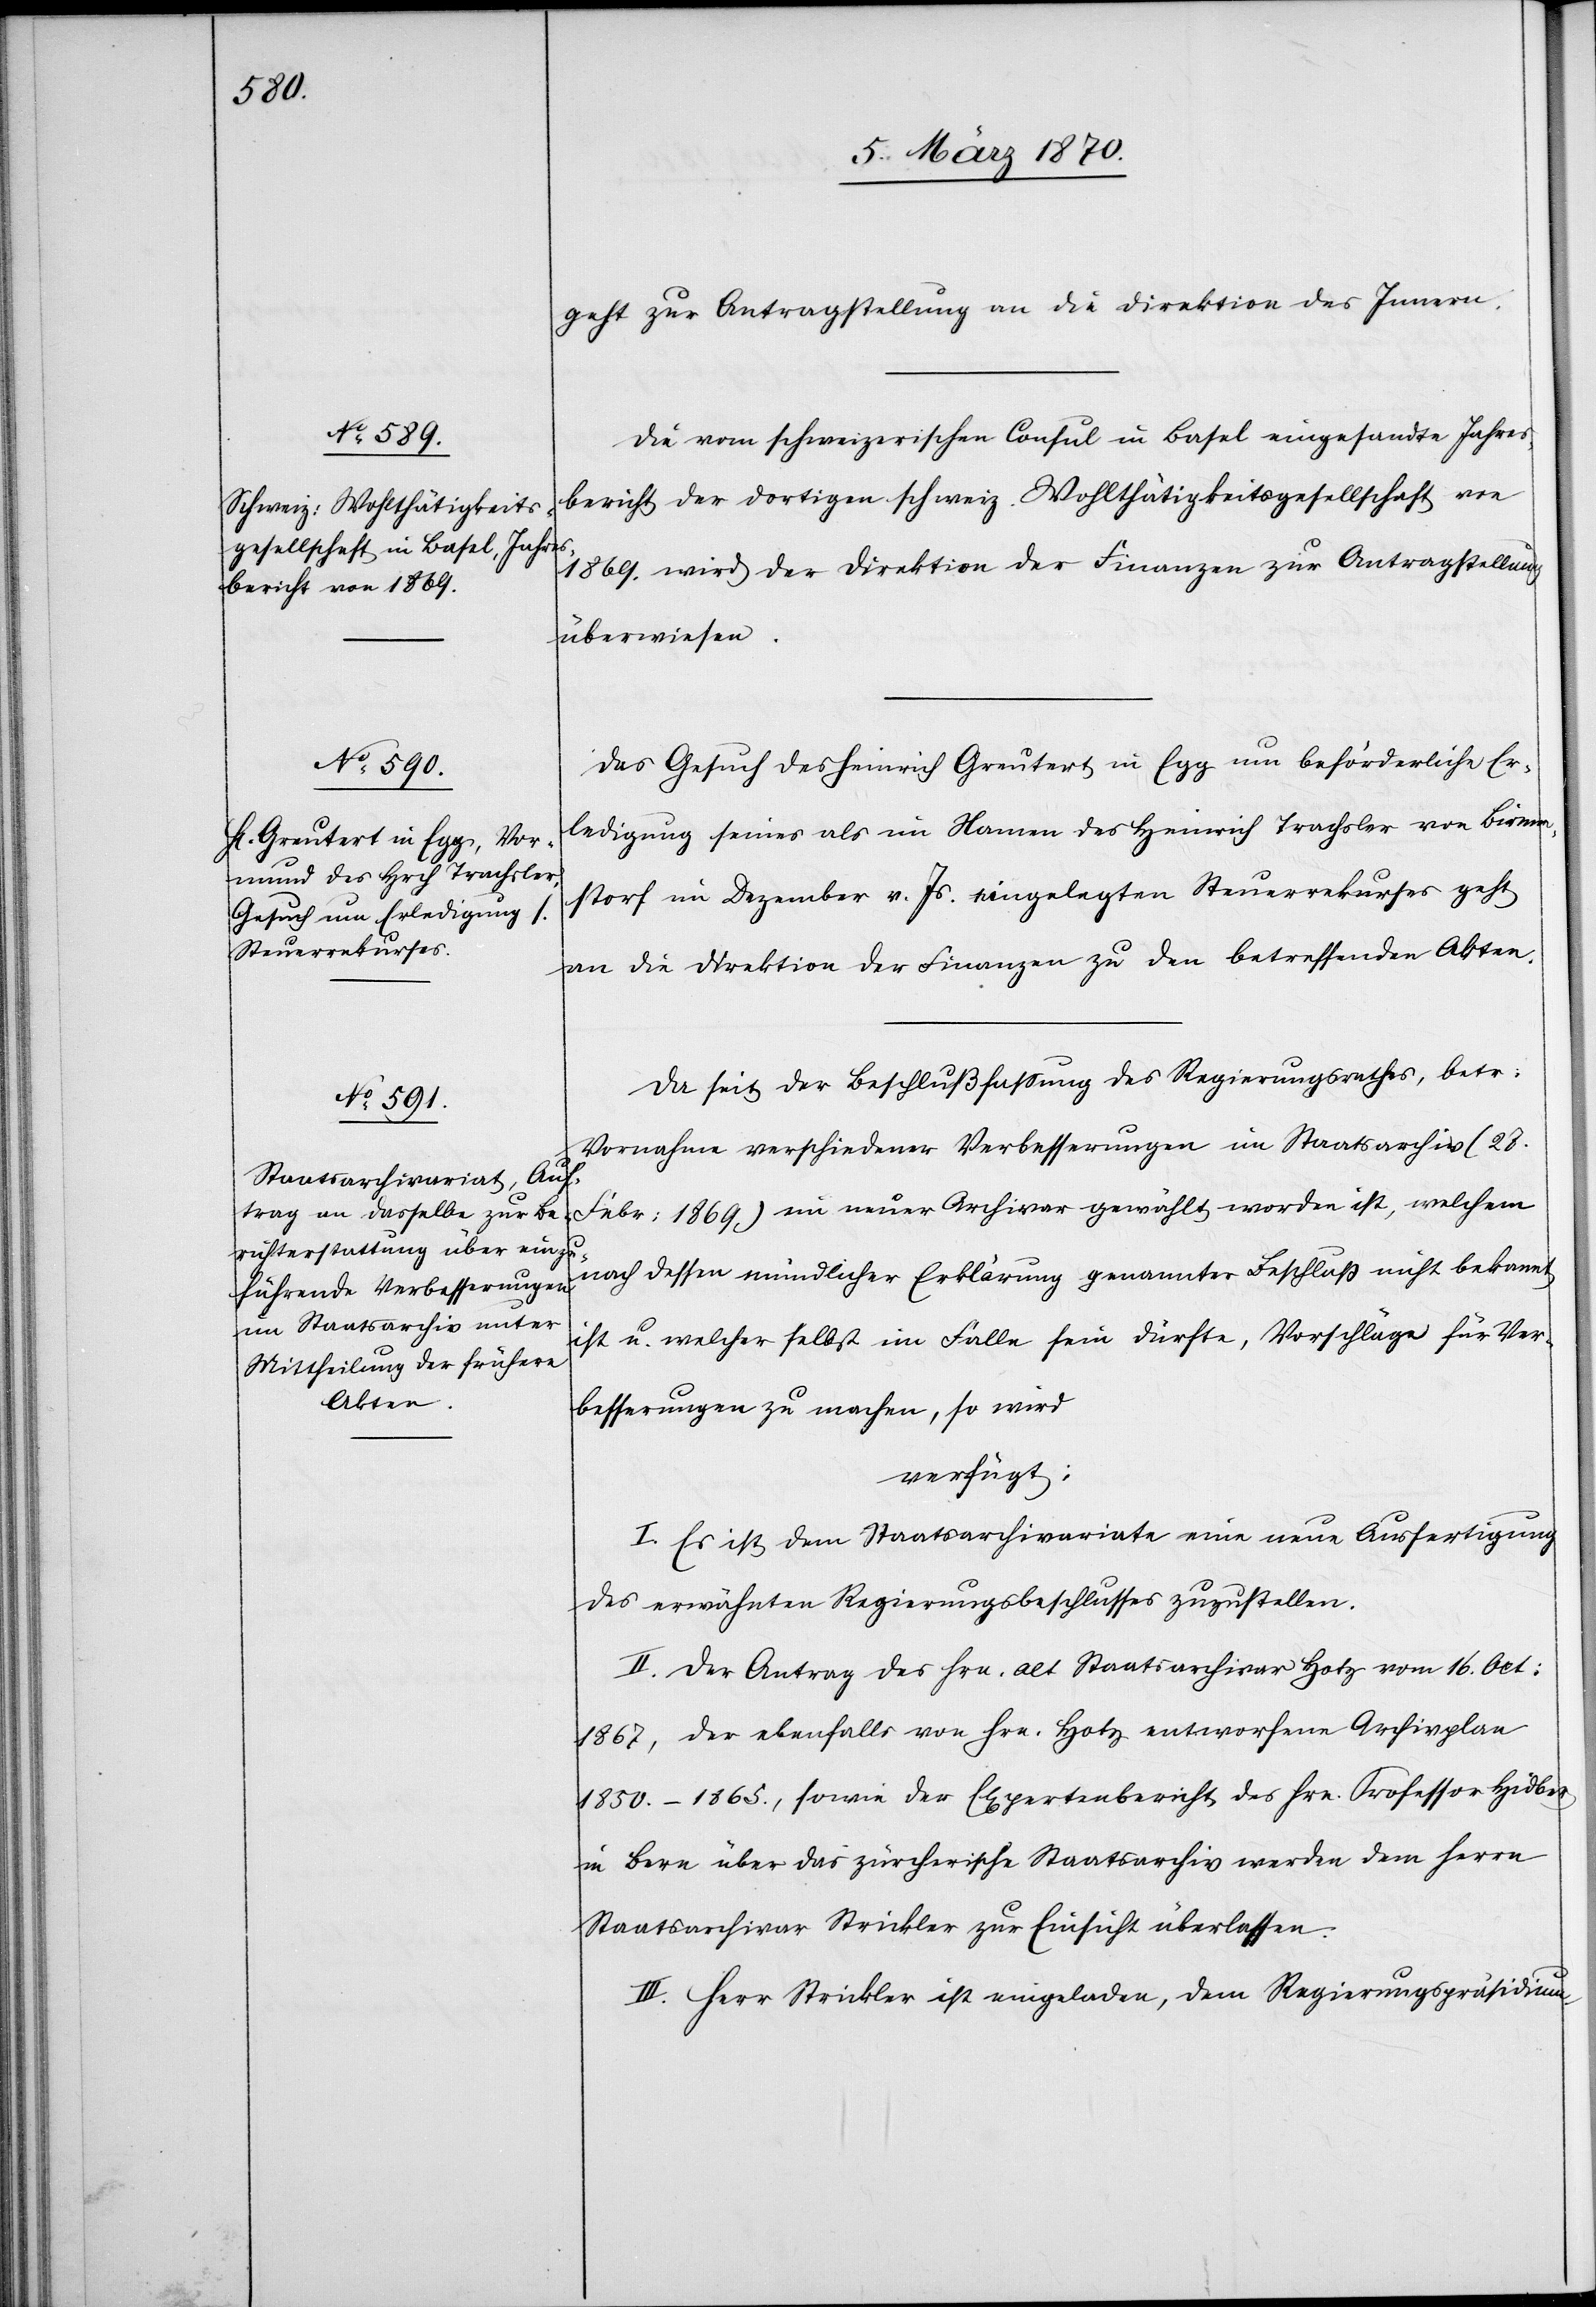
8. März 1870]
geht zur Antragstellung an die Direktion des Innern.
[sic!] vom schweizerischen Consul in Basel eingesandte Jahres¬
bericht der dortigen schweiz. Wohlthätigkeitsgesellschaft von
1869. wird der Direktion der Finanzen zur Antragstellung
überwiesen.
Das Gesuch des Heinrich Greutert in Egg um beförderliche Er¬
ledigung seines als im Namen des Heinrich Trachsler im Birmen¬
storf im Dezember v. Js. eingelegten Steuerrekurses geht
an die Direktion der Finanzen zu den betreffenden Akten.
Da seit der Beschlußfassung des Regierungsrathes, betr:
Vornahme verschiedener Verbesserungen im Staatsarchiv (27.
Febr: 1869) ein neuer Archivar gewählt worden ist, welchem
nach dessen mündlicher Erklärung genannter Beschluß nicht bekannt
ist u. welcher selbst im Falle sein dürfte, Vorschläge für Ver¬
besserungen zu machen, so wird
verfügt:
I. Es ist dem Staatsarchivariate eine neue Ausfertigung
des erwähnten Regierungsbeschlusses zuzustellen.
II. Der Antrag des Hrn. alt Staatsarchivar Hotz vom 16. Oct:
1867, der ebenfalls von Hrn. Hotz entworfene Archivplan
1850.–1865., sowie der Expertenbericht des Hrn. Professor Hidber
in Bern über das zürcherische Staatsarchiv werden dem Herrn
Staatsarchivar Strickler zur Einsicht überlassen.
III. Herr Strickler ist eingeladen, dem Regierungspräsidium